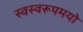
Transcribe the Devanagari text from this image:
स्वस्वरूपमयो